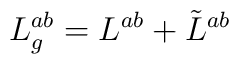
L_g^{ab}= L^{ab}+\tilde{L}^{ab}